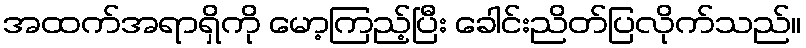
အထက်အရာရှိကို မော့ကြည့်ပြီး ခေါင်းညိတ်ပြလိုက်သည်။